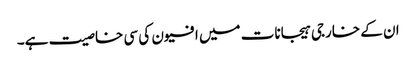
ان کے خارجی ہیجانات میں افیون کی سی خاصیت ہے۔